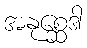
အနုစ္ဆေဒါ